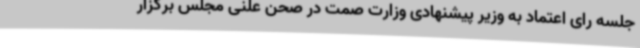
جلسه رای اعتماد به وزیر پیشنهادی وزارت صمت در صحن علنی مجلس برگزار